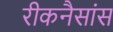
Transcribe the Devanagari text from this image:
रीकनैसांस